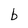
Character: b